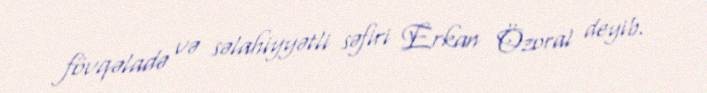
fövqəladə və səlahiyyətli səfiri Erkan Özoral deyib.